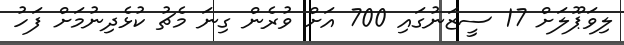
ލިވަޕޫލަށް 17 ސީޒަނުގައި 700 އަށް ވުރެން ގިނަ މެޗު ކުޅެދިނުމަށް ފަހު